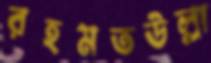
রহমতউল্লা